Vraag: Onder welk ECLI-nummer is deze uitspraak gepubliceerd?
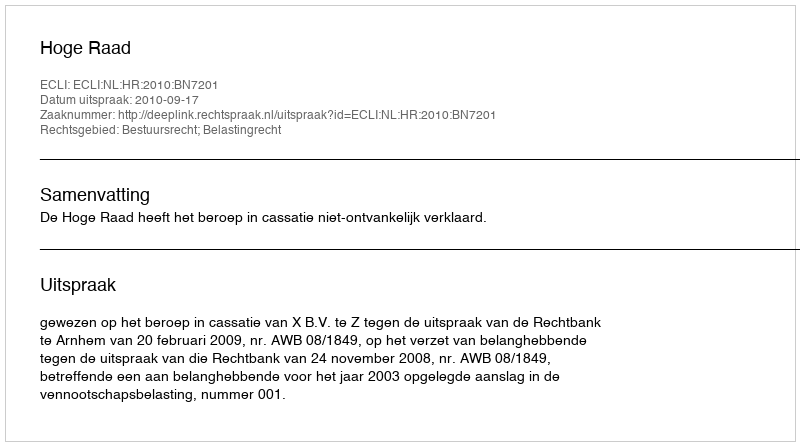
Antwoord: ECLI:NL:HR:2010:BN7201